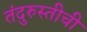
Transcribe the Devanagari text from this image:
तंदुरुस्तीची